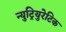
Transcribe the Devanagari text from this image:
न्युट्रियुरेटिक